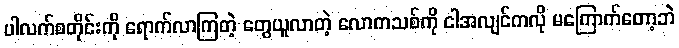
ပါလက်စတိုင်းကို ရောက်လာကြတဲ့ တွေယူလာတဲ့ လောကသစ်ကို ငါအလျင်ကလို မကြောက်တော့ဘဲ